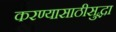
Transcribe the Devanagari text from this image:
करण्यासाठीसुद्धा